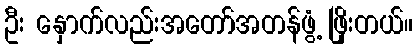
ဦး နှောက်လည်းအတော်အတန်ဖွံ့ ဖြိုးတယ်။